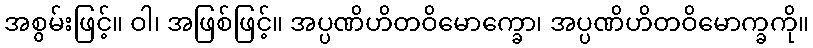
အစွမ်းဖြင့်။ ဝါ၊ အဖြစ်ဖြင့်။ အပ္ပဏိဟိတဝိမောက္ခော၊ အပ္ပဏိဟိတဝိမောက္ခကို။